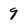
Character: 9